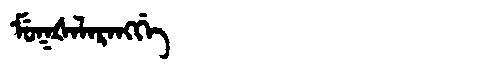
Manchu: ᠮᡠᡴᡧᠠᠯᠠᡵᠠᠩᡤᡝ
Romanization: MUKŠALARANGGE